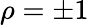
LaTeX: \rho=\pm 1